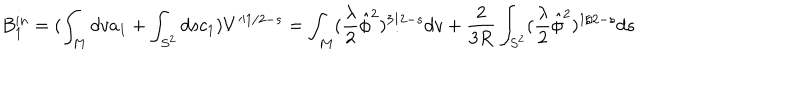
B _ { 1 } ^ { i n } = ( \int _ { M } d v a _ { 1 } + \int _ { S ^ { 2 } } d s c _ { 1 } ) V ^ { 1 / 2 - s } = \int _ { M } ( \frac { \lambda } { 2 } \hat { \phi } ^ { 2 } ) ^ { 3 / 2 - s } d v + \frac { 2 } { 3 R } \int _ { S ^ { 2 } } ( \frac { \lambda } { 2 } \hat { \phi } ^ { 2 } ) ^ { 1 / 2 - s } d s